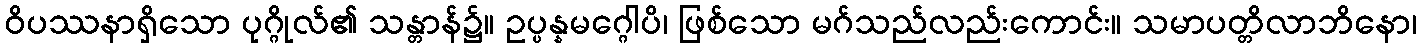
ဝိပဿနာရှိသော ပုဂ္ဂိုလ်၏ သန္တာန်၌။ ဥပ္ပန္နမဂ္ဂေါပိ၊ ဖြစ်သော မဂ်သည်လည်းကောင်း။ သမာပတ္တိလာဘိနော၊